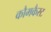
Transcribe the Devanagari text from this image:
कौमकैस्ट